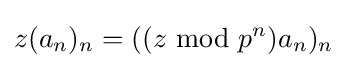
z(a_{n})_{n}=((z{\text{ mod }}p^{n})a_{n})_{n}